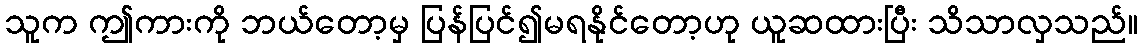
သူက ဤကားကို ဘယ်တော့မှ ပြန်ပြင်၍မရနိုင်တော့ဟု ယူဆထားပြီး သိသာလှသည်။